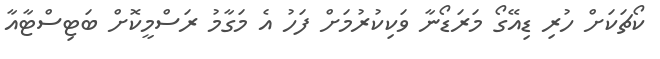
ކޯޗަކަށް ހުރި ޑިއޭގޯ މަރަޑޯނާ ވަކިކުރުމަށް ފަހު އެ މަގާމު ރަސްމީކޮށް ބަޓިސްޓާއާ